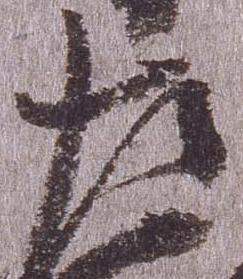
左